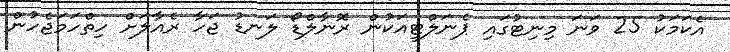
އެކަމަކު 25 ވަނަ މިނިޓުގައި ޕެނަލްޓީއަކުން ރޮނާލްޑޯ ލަނޑު ޖަހާ ރެއާލަށް ހިތްހަމަޖެހުން